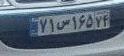
۷۱س۱۶۵۷۴